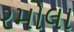
રમોલા